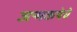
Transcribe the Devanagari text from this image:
जन्मकथेचे